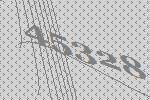
45328